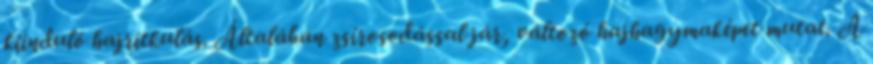
kiinduló hajritkulás. Általában zsírosodással jár, változó hajhagymaképet mutat. A